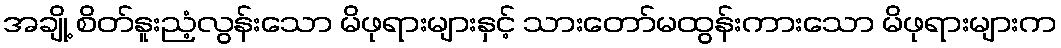
အချို့ စိတ်နူးညံ့လွန်းသော မိဖုရားများနှင့် သားတော်မထွန်းကားသော မိဖုရားများက